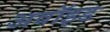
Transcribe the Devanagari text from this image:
अवॉइड